Lunatic asylums in Bengal annual reports 1912-1924 - 1912-1924
Year: 1912
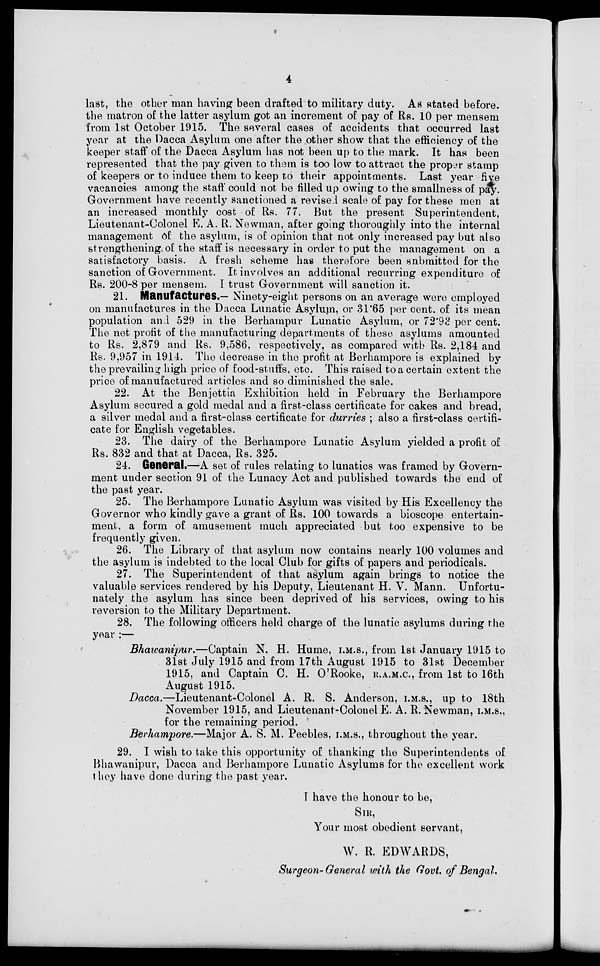
4
last, the other man having been drafted to military duty. As stated before,
the matron of the latter asylum got an increment of pay of Rs. 10 per mensem
from 1st October 1915. The several cases of accidents that occurred last
year at the Dacca Asylum one after the other show that the efficiency of the
keeper staff of the Dacca Asylum has not been up to the mark. It has been
represented that the pay given to them is too low to attract the proper stamp
of keepers or to induce them to keep to their appointments. Last year five
vacancies among the staff could not be filled up owing to the smallness of pay
Government have recently sanctioned a revised scale of pay for these men at
an increased monthly cost of Rs. 77. But the present Superintendent,
Lieutenant-Colonel E. A. R. Newman, after going thoroughly into the internal
management of the asylum, is of opinion that not only increased pay but also
strengthening of the staff is necessary in order to put the management on a
satisfactory basis. A fresh scheme has therefore been submitted for the
sanction of Government. It involves an additional recurring expenditure of
Rs. 200-8 per mensem. I trust Government will sanction it.
21. Manufactures.— Ninety-eight persons on an average were employed
on manufactures in the Dacca Lunatic Asylum, or 31.65 per cent. of its mean
population and 529 in the Berhampur Lunatic Asylum, or 72.92 per cent.
The net profit of the manufacturing departments of these asylums amounted
to Rs. 2,879 and Rs. 9,586, respectively, as compared with Rs. 2,184 and
Rs. 9,957 in 1914. The decrease in the profit at Berhampore is explained by
the prevailing high price of food-stuffs, etc. This raised to a certain extent the
price of manufactured articles and so diminished the sale.
22. At the Benjettia Exhibition held in February the Berhampore
Asylum secured a gold medal and a first-class certificate for cakes and bread,
a silver medal and a first-class certificate for durries ; also a first-class certifi-
cate for English vegetables.
23. The dairy of the Berhampore Lunatic Asylum yielded a profit of
Rs. 832 and that at Dacca, Rs. 325.
24. General.—A set of rules relating to lunatics was framed by Govern-
ment under section 91 of the Lunacy Act and published towards the end of
the past year.
25. The Berhampore Lunatic Asylum was visited by His Excellency the
Governor who kindly gave a grant of Rs. 100 towards a bioscope entertain-
ment, a form of amusement much appreciated but too expensive to be
frequently given.
26. The Library of that asylum now contains nearly 100 volumes and
the asylum is indebted to the local Club for gifts of papers and periodicals.
27. The Superintendent of that asylum again brings to notice the
valuable services rendered by his Deputy, Lieutenant H. V. Mann. Unfortu-
nately the asylum has since been deprived of his services, owing to his
reversion to the Military Department.
28. The following officers held charge of the lunatic asylums during the
year :—
Bhawanipur.—Captain
N. H. Hume, I.M.S., from 1st January 1915 to
31st July 1915 and from 17th August 1915 to 31st December
1915, and Captain C. H. O'Rooke, R.A.M.C, from 1st to 16th
August 1915.
Dacca.—Lieutenant-Colonel
A. R. S. Anderson, I.M.S., up to 18th
November 1915, and Lieutenant-Colonel E. A. R. Newman, I.M.S.,
for the remaining period.
Berhampore.—Major A. S. M. Peebles, I.M.S., throughout the year.
29. I wish to take this opportunity of thanking the Superintendents of
Bhawanipur, Dacca and Berhampore Lunatic Asylums for the excellent work
they have done during the past year.
I have the honour to be,
SIR,
Your most obedient servant,
W. R. EDWARDS,
Surgeon-General with the Govt of Bengal.